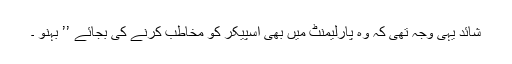
شائد یہی وجہ تھی کہ وہ پارلیمنٹ میں بھی اسپیکر کو مخاطب کرنے کی بجائے ’’ بہنو ۔